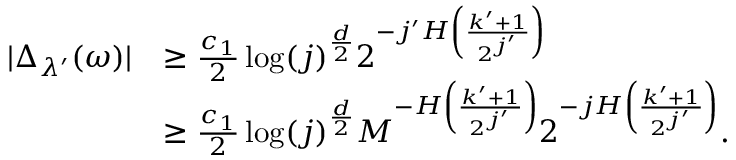
\begin{array} { r l } { | \Delta _ { \lambda ^ { \prime } } ( \omega ) | } & { \geq \frac { c _ { 1 } } { 2 } \log ( j ) ^ { \frac { d } { 2 } } 2 ^ { - j ^ { \prime } H \left( \frac { k ^ { \prime } + 1 } { 2 ^ { j ^ { \prime } } } \right) } } \\ & { \geq \frac { c _ { 1 } } { 2 } \log ( j ) ^ { \frac { d } { 2 } } M ^ { - H \left( \frac { k ^ { \prime } + 1 } { 2 ^ { j ^ { \prime } } } \right) } 2 ^ { - j H \left( \frac { k ^ { \prime } + 1 } { 2 ^ { j ^ { \prime } } } \right) } . } \end{array}